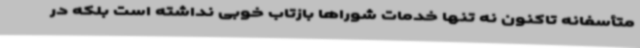
متأسفانه تاکنون نه تنها خدمات شوراها بازتاب خوبی نداشته است بلکه در